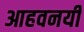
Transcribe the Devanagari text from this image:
आहवनयी